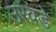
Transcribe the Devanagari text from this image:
उरवडे